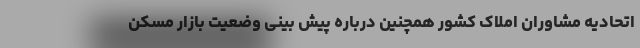
اتحادیه مشاوران املاک کشور همچنین درباره پیش بینی وضعیت بازار مسکن